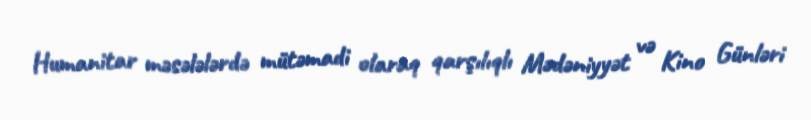
Humanitar məsələlərdə mütəmadi olaraq qarşılıqlı Mədəniyyət və Kino Günləri